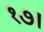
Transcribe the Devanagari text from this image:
१७।